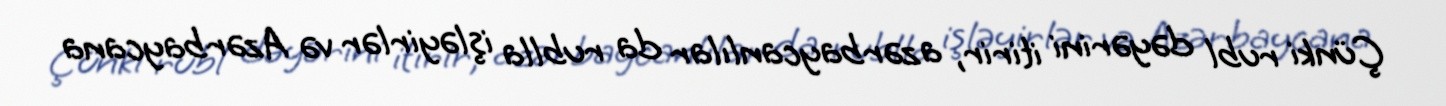
Çünki rubl dəyərini itirir, azərbaycanlılar da rublla işləyirlər və Azərbaycana